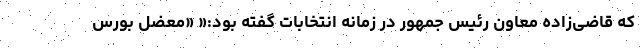
که قاضی‌زاده معاون رئیس جمهور در زمانه انتخابات گفته بود:« «معضل بورس